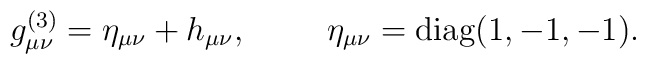
g_{\mu \nu}^{(3)}=\eta _{\mu \nu}+h_{\mu \nu},\hskip1cm\eta _{\mu \nu }=\rm{diag}(1,-1,-1).